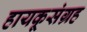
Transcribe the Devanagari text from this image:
हायकूसंग्रह